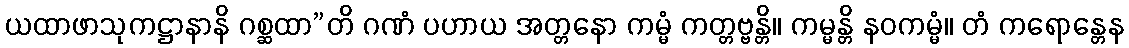
ယထာဖာသုကဋ္ဌာနာနိ ဂစ္ဆထာ”တိ ဂဏံ ပဟာယ အတ္တနော ကမ္မံ ကတ္တဗ္ဗန္တိ။ ကမ္မန္တိ နဝကမ္မံ။ တံ ကရောန္တေန